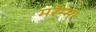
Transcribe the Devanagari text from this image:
मरेम्मा